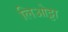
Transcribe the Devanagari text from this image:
लिओट्टा